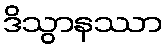
ဒိသွာနဿာ